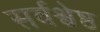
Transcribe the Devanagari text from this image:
सर्वश्वेष्ठ